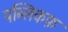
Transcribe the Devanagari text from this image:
पब्लिकफ़